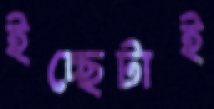
ইচ্ছেটাই